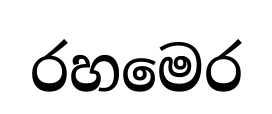
රහමෙර